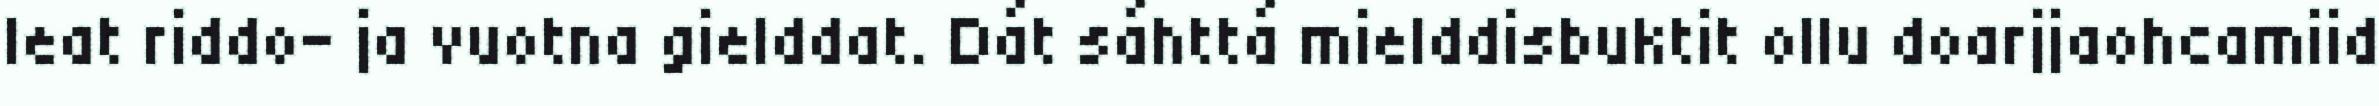
leat riddo- ja vuotna gielddat. Dát sáhttá mielddisbuktit ollu doarjjaohcamiid